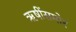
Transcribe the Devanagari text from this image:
ऋषींसमोर